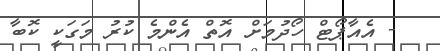
- އެއާޕޯޓް ހޯދުމަށް އޮތް އެންމެ ކުރު މަގަކީ ކޮބާ